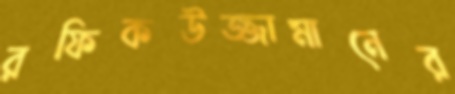
রফিকউজ্জামানের